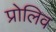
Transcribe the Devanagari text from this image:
प्रोलिव